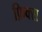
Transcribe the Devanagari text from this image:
फ़िक्स